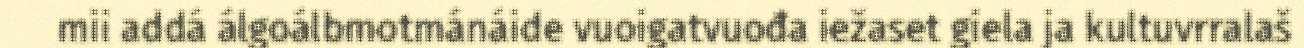
mii addá álgoálbmotmánáide vuoigatvuođa iežaset giela ja kultuvrralaš